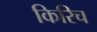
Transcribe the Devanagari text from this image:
किरिच